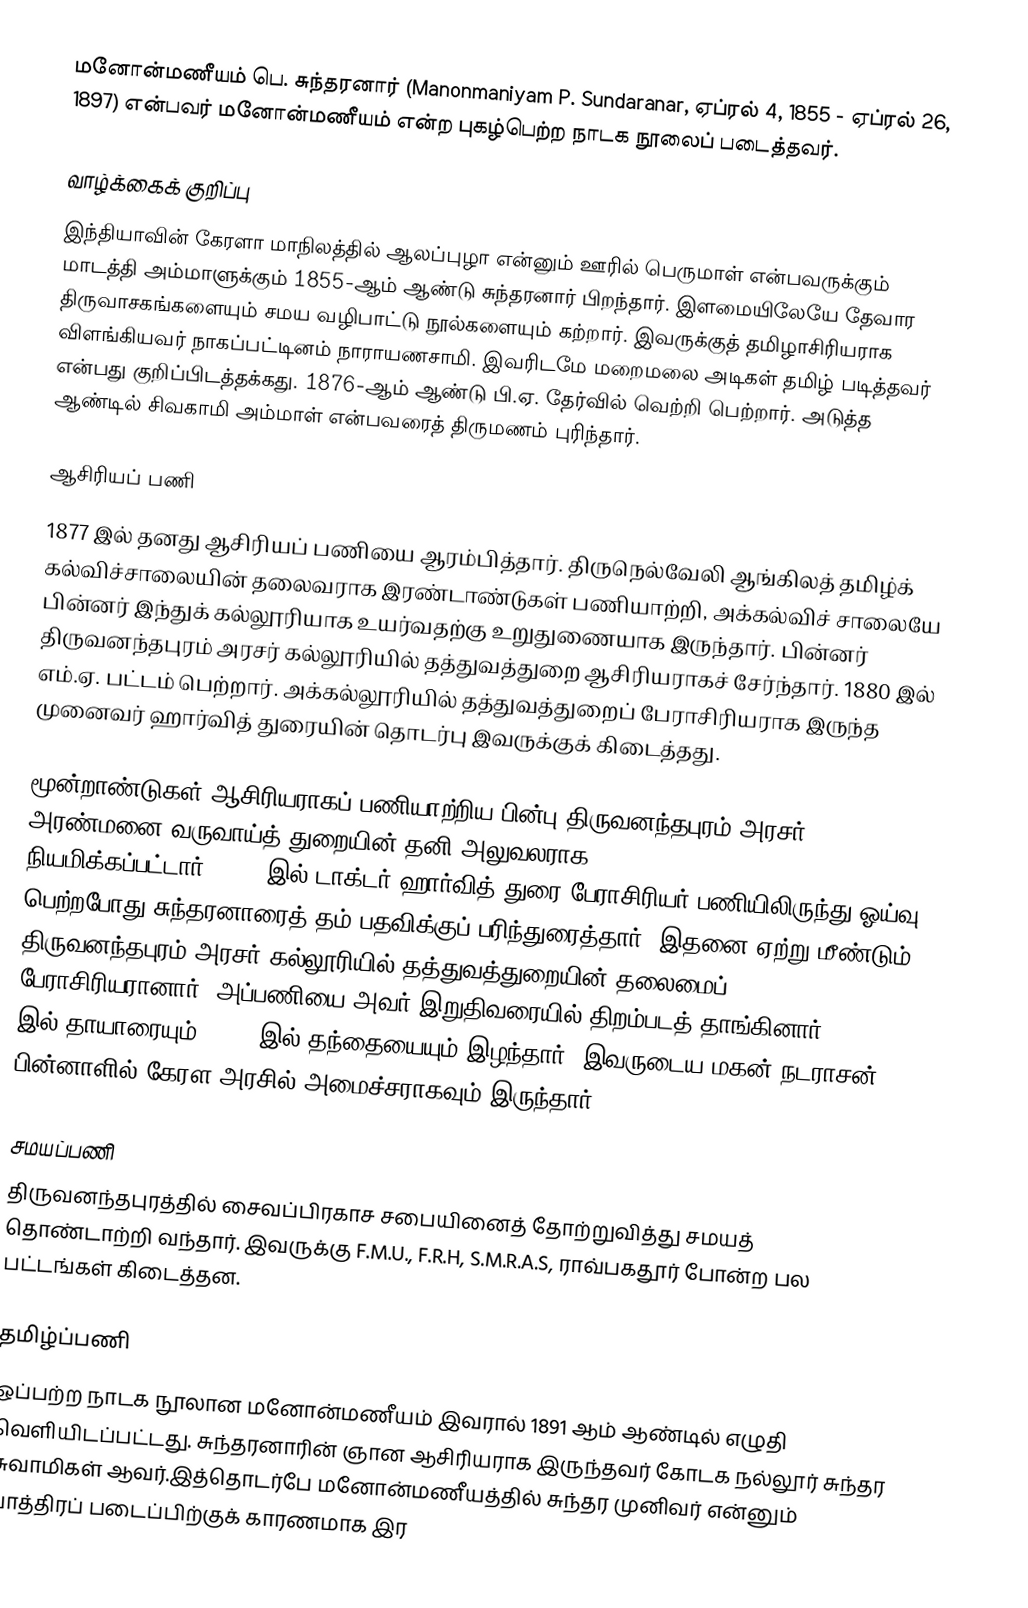
மனோன்மணீயம் பெ. சுந்தரனார் (Manonmaniyam P. Sundaranar, ஏப்ரல் 4, 1855 - ஏப்ரல் 26, 1897) என்பவர் மனோன்மணீயம் என்ற புகழ்பெற்ற நாடக நூலைப் படைத்தவர்.

வாழ்க்கைக் குறிப்பு
இந்தியாவின் கேரளா மாநிலத்தில் ஆலப்புழா என்னும் ஊரில் பெருமாள் என்பவருக்கும் மாடத்தி அம்மாளுக்கும் 1855-ஆம் ஆண்டு சுந்தரனார் பிறந்தார். இளமையிலேயே தேவார திருவாசகங்களையும் சமய வழிபாட்டு நூல்களையும் கற்றார். இவருக்குத் தமிழாசிரியராக விளங்கியவர் நாகப்பட்டினம் நாராயணசாமி. இவரிடமே மறைமலை அடிகள் தமிழ் படித்தவர் என்பது குறிப்பிடத்தக்கது. 1876-ஆம் ஆண்டு பி.ஏ. தேர்வில் வெற்றி பெற்றார். அடுத்த ஆண்டில் சிவகாமி அம்மாள் என்பவரைத் திருமணம் புரிந்தார்.

ஆசிரியப் பணி
1877 இல் தனது ஆசிரியப் பணியை ஆரம்பித்தார். திருநெல்வேலி ஆங்கிலத் தமிழ்க் கல்விச்சாலையின் தலைவராக இரண்டாண்டுகள் பணியாற்றி, அக்கல்விச் சாலையே பின்னர் இந்துக் கல்லூரியாக உயர்வதற்கு உறுதுணையாக இருந்தார். பின்னர் திருவனந்தபுரம் அரசர் கல்லூரியில் தத்துவத்துறை ஆசிரியராகச் சேர்ந்தார். 1880 இல் எம்.ஏ. பட்டம் பெற்றார். அக்கல்லூரியில் தத்துவத்துறைப் பேராசிரியராக இருந்த முனைவர் ஹார்வித் துரையின் தொடர்பு இவருக்குக் கிடைத்தது.

மூன்றாண்டுகள் ஆசிரியராகப் பணியாற்றிய பின்பு திருவனந்தபுரம் அரசர் அரண்மனை வருவாய்த் துறையின் தனி அலுவலராக (Commissioner of Separate Revenue) நியமிக்கப்பட்டார். 1885 இல் டாக்டர் ஹார்வித் துரை பேராசிரியர் பணியிலிருந்து ஓய்வு பெற்றபோது சுந்தரனாரைத் தம் பதவிக்குப் பரிந்துரைத்தார். இதனை ஏற்று மீண்டும் திருவனந்தபுரம் அரசர் கல்லூரியில் தத்துவத்துறையின் தலைமைப் பேராசிரியரானார். அப்பணியை அவர் இறுதிவரையில் திறம்படத் தாங்கினார். 1878 இல் தாயாரையும், 1886 இல் தந்தையையும் இழந்தார். இவருடைய மகன் நடராசன் பின்னாளில் கேரள அரசில் அமைச்சராகவும் இருந்தார்.

சமயப்பணி
திருவனந்தபுரத்தில் சைவப்பிரகாச சபையினைத் தோற்றுவித்து சமயத் தொண்டாற்றி வந்தார். இவருக்கு F.M.U., F.R.H, S.M.R.A.S, ராவ்பகதூர் போன்ற பல பட்டங்கள் கிடைத்தன.

தமிழ்ப்பணி
ஒப்பற்ற நாடக நூலான மனோன்மணீயம் இவரால் 1891 ஆம் ஆண்டில் எழுதி வெளியிடப்பட்டது. சுந்தரனாரின் ஞான ஆசிரியராக இருந்தவர் கோடக நல்லூர் சுந்தர சுவாமிகள் ஆவர்.இத்தொடர்பே மனோன்மணீயத்தில் சுந்தர முனிவர் என்னும் பாத்திரப் படைப்பிற்குக் காரணமாக இர